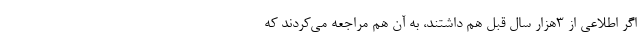
اگر اطلاعی از 3هزار سال قبل هم داشتند، به آن هم مراجعه می‌کردند که